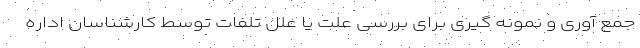
جمع آوری و نمونه گیری برای بررسی علت یا علل تلفات توسط کارشناسان اداره